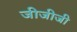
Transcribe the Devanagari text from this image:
जीजीजी